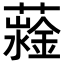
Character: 𧁆